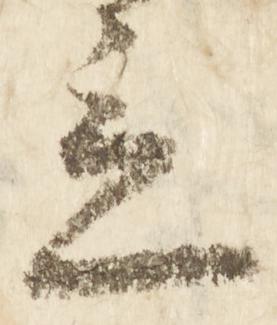
立